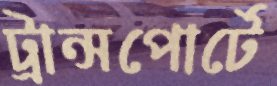
ট্রান্সপোর্টে